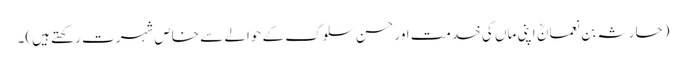
(حارثہ بن نعمانؓ اپنی ماں کی خدمت اور حسن سلوک کے حوالے سے خاص شہرت رکھتے ہیں)۔